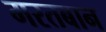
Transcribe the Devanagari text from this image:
मरतबान